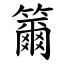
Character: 籋